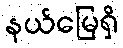
နယ်မြေရှိ